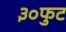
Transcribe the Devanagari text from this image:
३०फुट